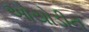
ઓયોડીન